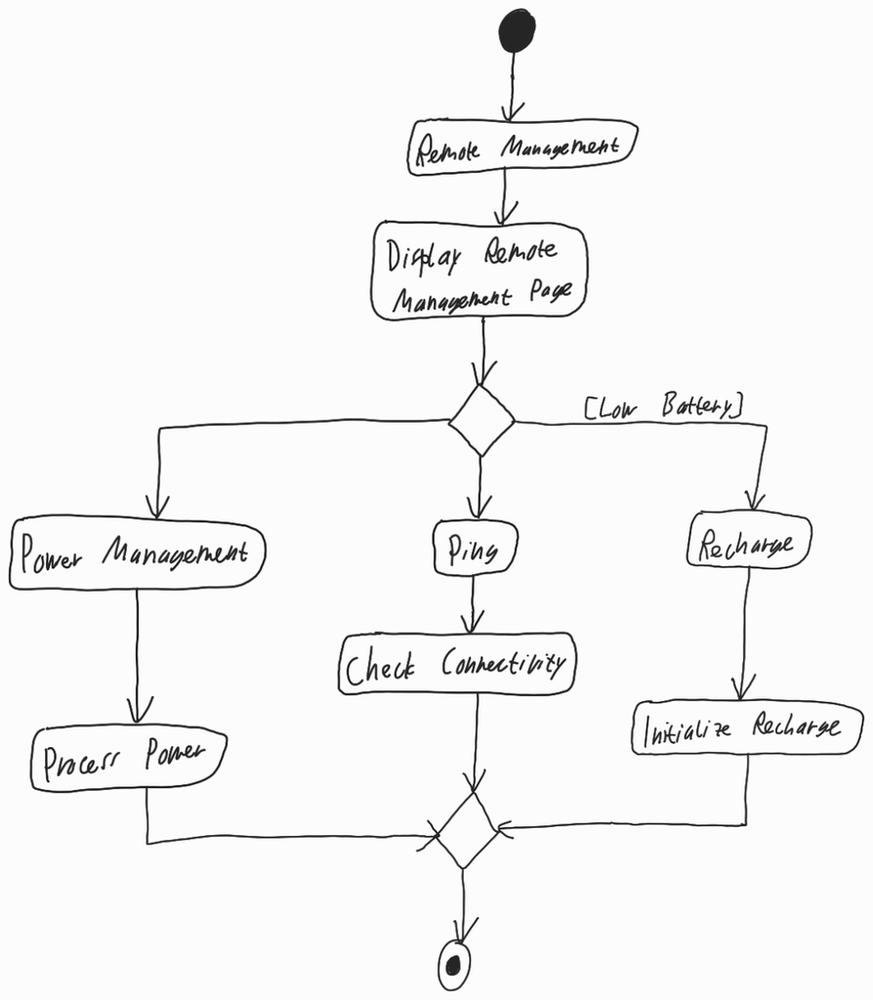
Diagram type: activity_diagram
```plantuml
@startuml

start

:Remote Management;

:Display Remote Management Page;

switch ()
  case ()
    :Power Management;
    :Process Power;
  case ()
    :Ping;
    :Check Connectivity;
  case ([Low Battery])
    :Recharge;
    :Initialize Recharge;
endswitch

stop

@enduml
```